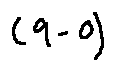
( 9 - 0 )